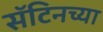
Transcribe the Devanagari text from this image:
सॅटिनच्या